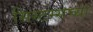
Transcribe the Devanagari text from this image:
सिस्टम्सच्या